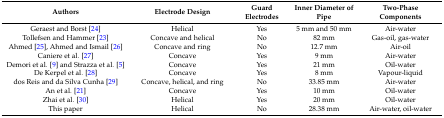
<table><thead><tr><td><b>Authors</b></td><td><b>Electrode Design</b></td><td><b>Guard Electrodes</b></td><td><b>Inner Diameter of Pipe</b></td><td><b>Two-Phase Components</b></td></tr></thead><tbody><tr><td>Geraest and Borst [24]</td><td>Helical</td><td>Yes</td><td>5 mm and 50 mm</td><td>Air-water</td></tr><tr><td>Tollefsen and Hammer [23]</td><td>Concave and helical</td><td>No</td><td>82 mm</td><td>Gas-oil, gas-water</td></tr><tr><td>Ahmed [25], Ahmed and Ismail [26]</td><td>Concave and ring</td><td>No</td><td>12.7 mm</td><td>Air-oil</td></tr><tr><td>Caniere et al. [27]</td><td>Concave</td><td>Yes</td><td>9 mm</td><td>Air-water</td></tr><tr><td>Demori et al. [9] and Strazza et al. [5]</td><td>Concave</td><td>Yes</td><td>21 mm</td><td>Oil-water</td></tr><tr><td>De Kerpel et al. [28]</td><td>Concave</td><td>Yes</td><td>8 mm</td><td>Vapour-liquid</td></tr><tr><td>dos Reis and da Silva Cunha [29]</td><td>Concave, helical, and ring</td><td>No</td><td>33.85 mm</td><td>Air-water</td></tr><tr><td>An et al. [21]</td><td>Concave</td><td>Yes</td><td>10 mm</td><td>Oil-water</td></tr><tr><td>Zhai et al. [30]</td><td>Helical</td><td>Yes</td><td>20 mm</td><td>Oil-water</td></tr><tr><td>This paper</td><td>Helical</td><td>No</td><td>28.38 mm</td><td>Air-water, oil-water</td></tr></tbody></table>